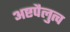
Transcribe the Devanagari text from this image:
अष्टपैलुत्व